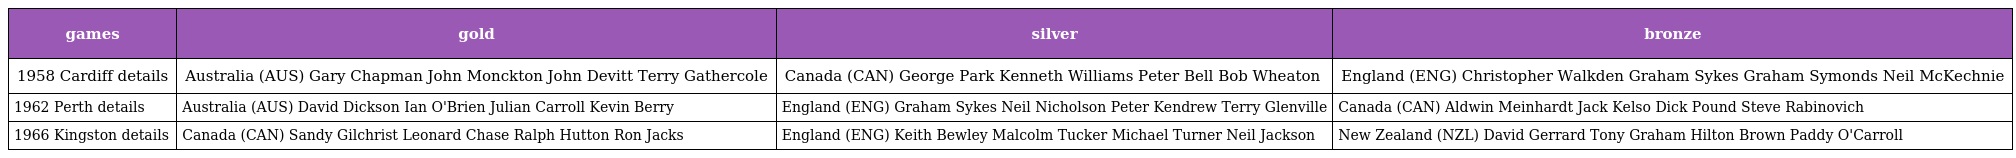
| games | gold | silver | bronze |
 | --- | --- | --- | --- |
 | 1958 Cardiff details | Australia (AUS) Gary Chapman John Monckton John Devitt Terry Gathercole | Canada (CAN) George Park Kenneth Williams Peter Bell Bob Wheaton | England (ENG) Christopher Walkden Graham Sykes Graham Symonds Neil McKechnie |
 | 1962 Perth details | Australia (AUS) David Dickson Ian O'Brien Julian Carroll Kevin Berry | England (ENG) Graham Sykes Neil Nicholson Peter Kendrew Terry Glenville | Canada (CAN) Aldwin Meinhardt Jack Kelso Dick Pound Steve Rabinovich |
 | 1966 Kingston details | Canada (CAN) Sandy Gilchrist Leonard Chase Ralph Hutton Ron Jacks | England (ENG) Keith Bewley Malcolm Tucker Michael Turner Neil Jackson | New Zealand (NZL) David Gerrard Tony Graham Hilton Brown Paddy O'Carroll |